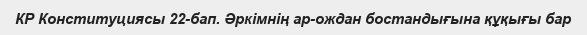
КР Конституциясы 22-бап. Әркiмнiң ар-ождан бостандығына құқығы бар